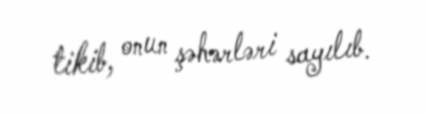
tikib, onun şəhərləri sayılıb.